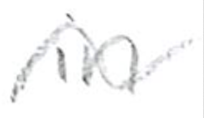
Text: in
Cross-out: wave
Writing tool: pencil